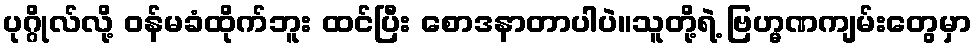
ပုဂ္ဂိုလ်လို့ ဝန်မခံထိုက်ဘူး ထင်ပြီး စောဒနာတာပါပဲ။သူတို့ရဲ့ ဗြဟ္မဏကျမ်းတွေမှာ